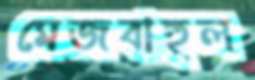
মেজবাহুল